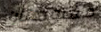
مفتوحتان